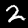
Digit: 2